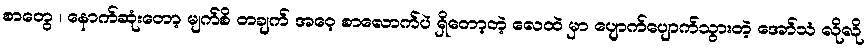
စာတွေ ၊ နောက်ဆုံးတော့ မျက်စိ တချက် အဝေ့ စာလောက်ပဲ ရှိတော့တဲ့ လေထဲ မှာ ပျောက်ပျောက်သွားတဲ့ အော်သံ လိုလို